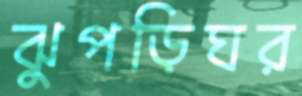
ঝুপড়িঘর